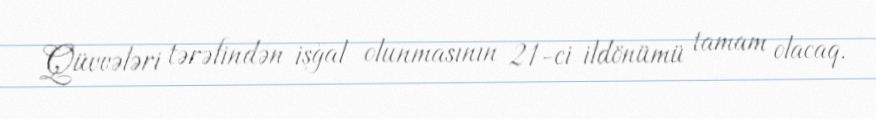
Qüvvələri tərəfindən işğal olunmasının 21-ci ildönümü tamam olacaq.